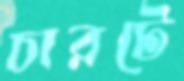
চারটে